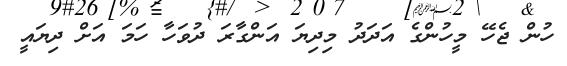
ހުން ޖެހޭ މީހުންގެ އަދަދު މިދިޔަ އަންގާރަ ދުވަހާ ހަމަ އަށް ދިޔައީ